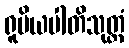
ရူပိယပါတိသုတ္တံ